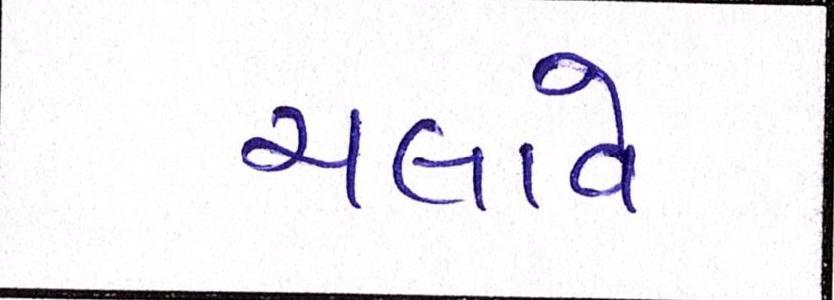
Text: ચલાવે